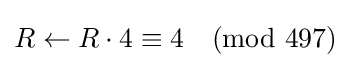
R\leftarrow R\cdot 4\equiv 4{\pmod {497}}